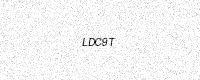
Text: LDC9T